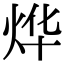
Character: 烨